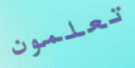
تعلمون